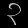
Digit: ၃